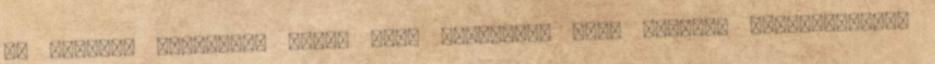
Az Európai Bizottság ugyan jogi lépéseket tett ellenük meghatározott